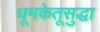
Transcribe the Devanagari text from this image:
धूमकेतूसुद्धा